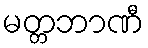
မတ္တဘာဏီ